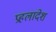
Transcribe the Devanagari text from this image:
प्रहलादेश